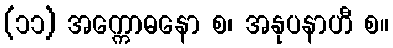
(၁၁) အက္ကောဓနော စ၊ အနုပနာဟီ စ။